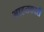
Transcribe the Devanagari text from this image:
आहतकारी